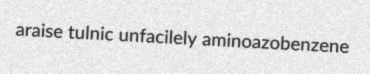
araise tulnic unfacilely aminoazobenzene